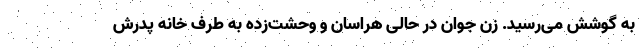
به گوشش می‌رسید. زن جوان در حالی هراسان و وحشت‌زده به طرف خانه پدرش